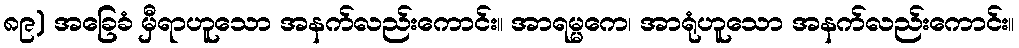
၈၉) အခြေခံ မှီရာဟူသော အနက်လည်းကောင်း။ အာရမ္မကေ၊ အာရုံဟူသော အနက်လည်းကောင်း။